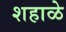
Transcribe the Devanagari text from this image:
शहाळे